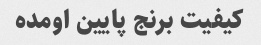
کیفیت برنج پایین اومده